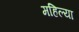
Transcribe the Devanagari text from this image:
महिल्या